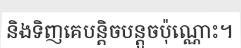
និងទិញគេបន្តិចបន្តួចប៉ុណ្ណោះ។